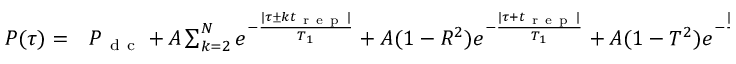
\begin{array} { r l } { P ( \tau ) = } & { { } P _ { \mathrm { ~ d ~ c ~ } } + A \sum _ { k = 2 } ^ { N } { e ^ { - \frac { | \tau \pm k t _ { \mathrm { ~ r ~ e ~ p ~ } } | } { T _ { 1 } } } } + A ( 1 - R ^ { 2 } ) e ^ { - \frac { | \tau + t _ { \mathrm { ~ r ~ e ~ p ~ } } | } { T _ { 1 } } } + A ( 1 - T ^ { 2 } ) e ^ { - \frac { | \tau - t _ { \mathrm { ~ r ~ e ~ p ~ } } | } { T _ { 1 } } } } \end{array}